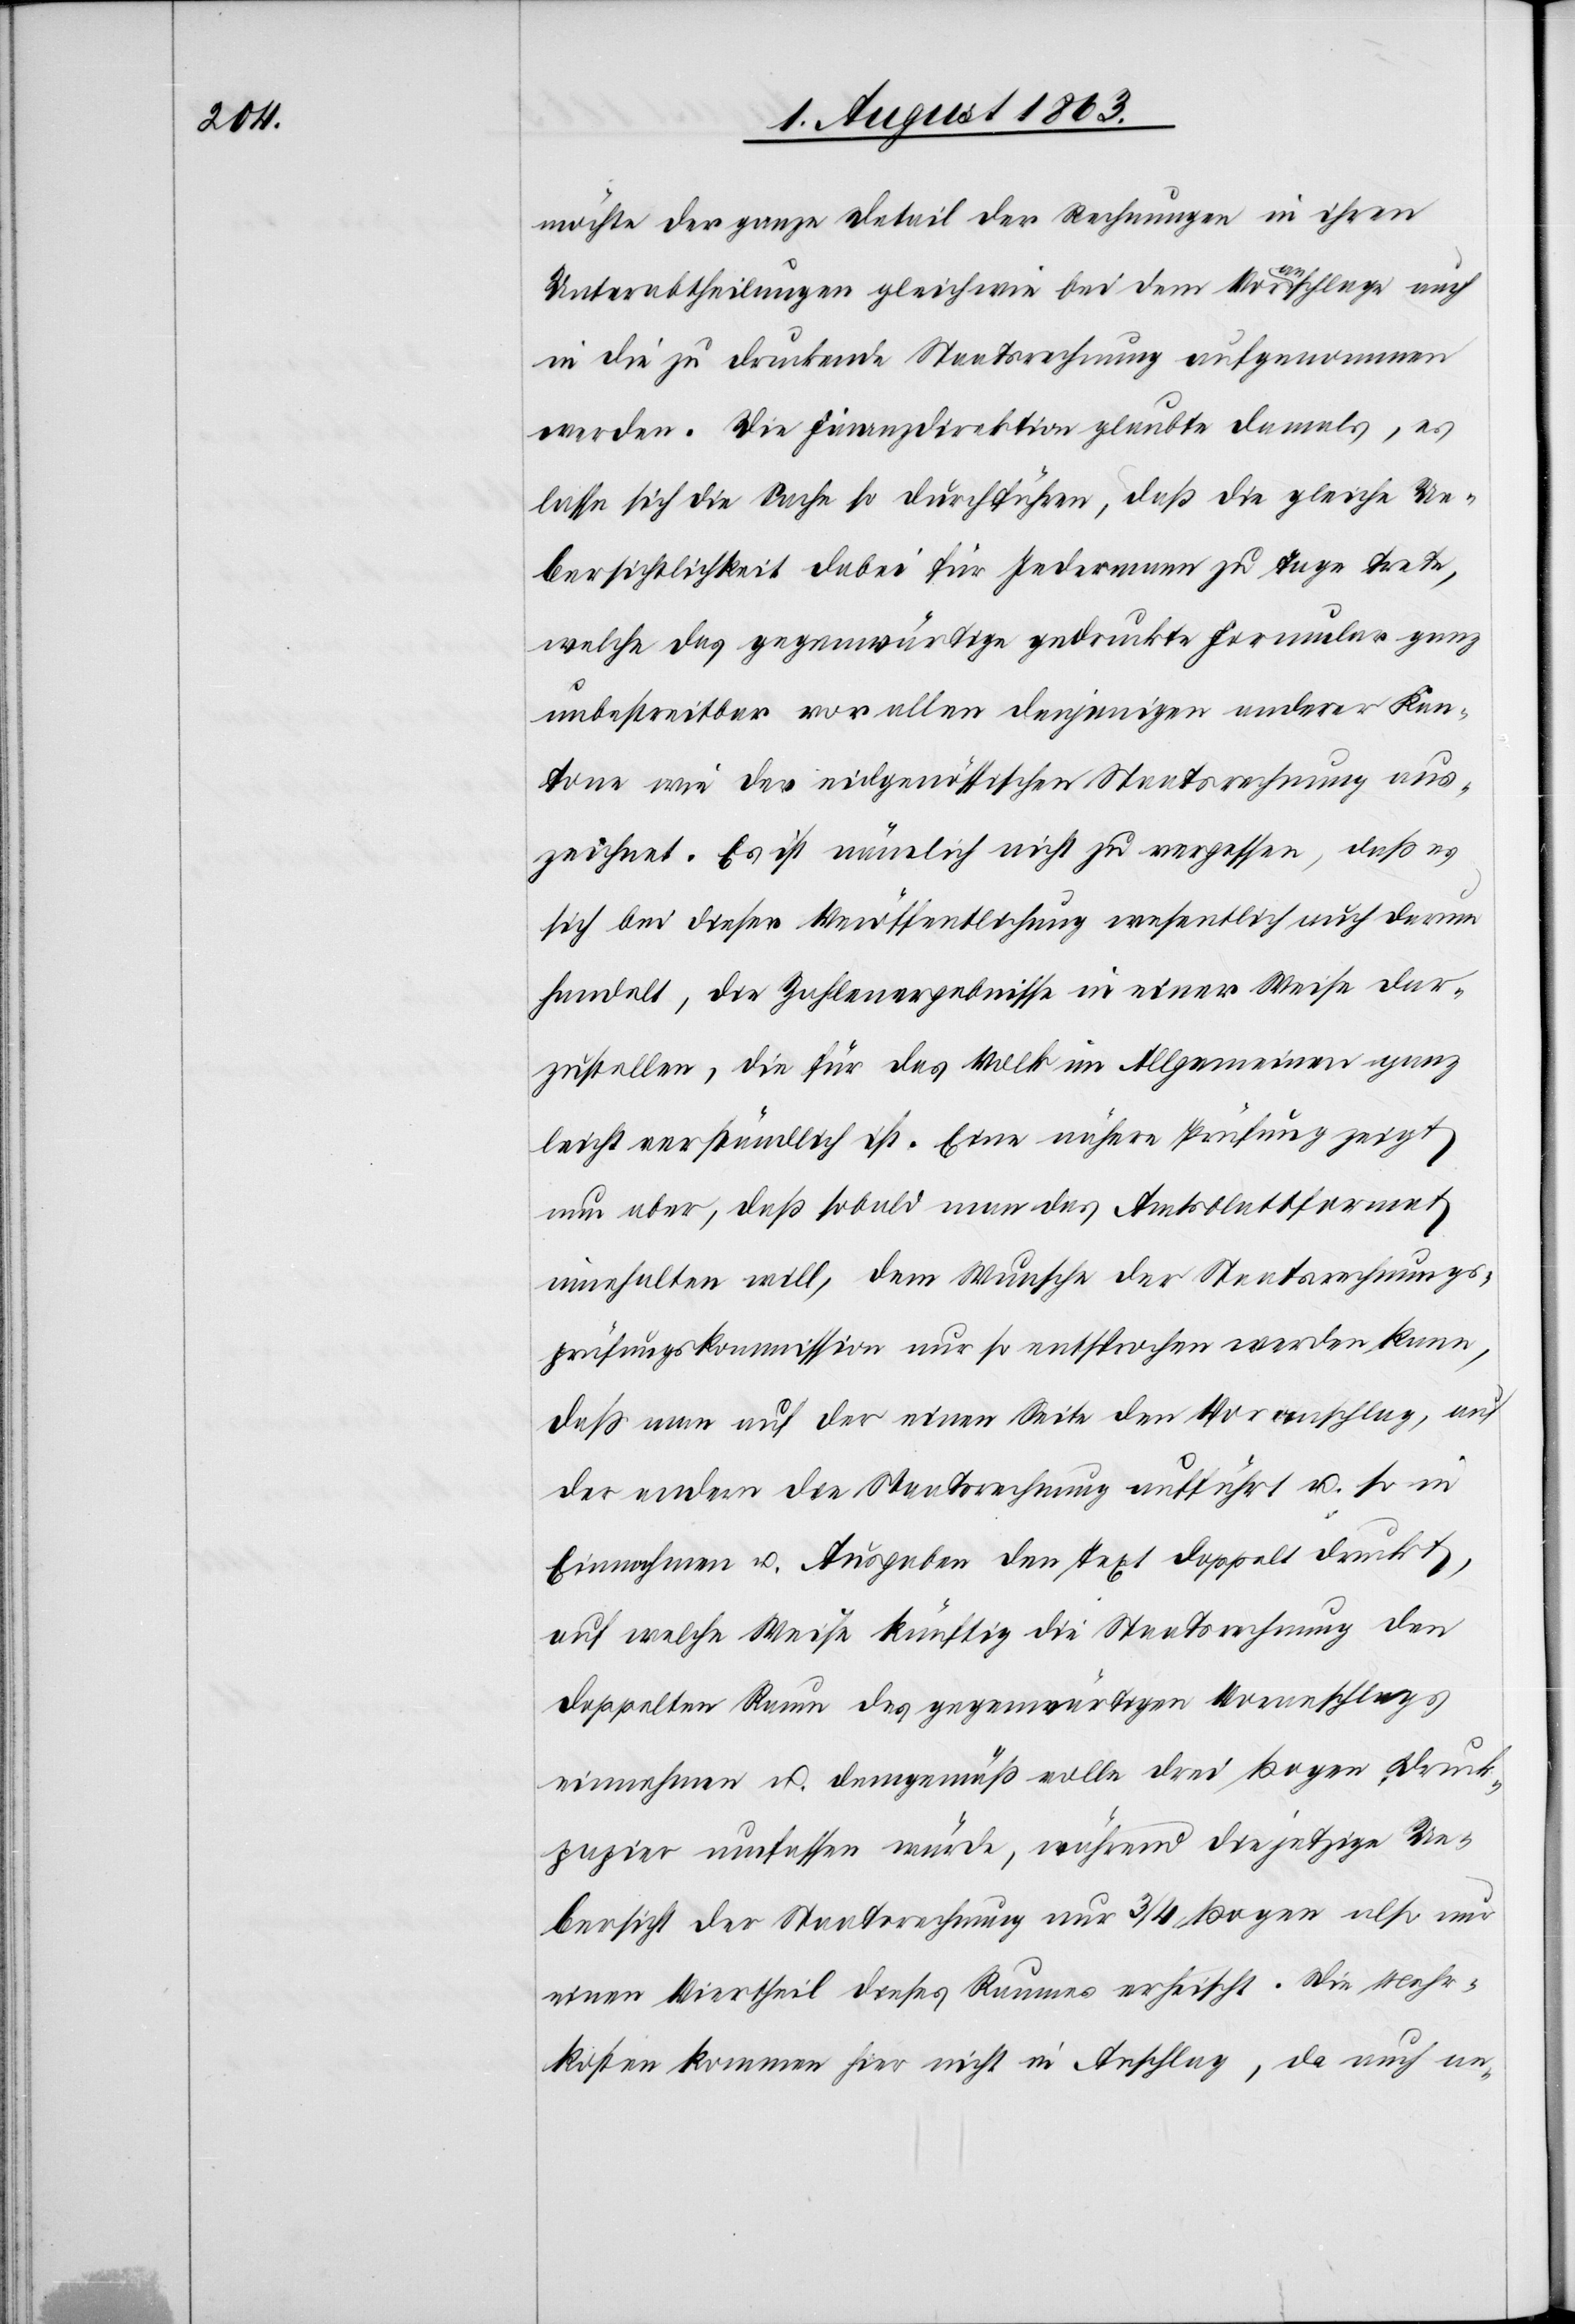
möchte der ganze Detail der Rechnungen in ihren
Unterabtheilungen gleichwie bei dem Voranschlage auch
in die zu druckende Staatsrechnung aufgenommen
werden. Die Finanzdirektion glaubte damals, es
lasse sich die Sache so durchführen, daß die gleiche Ue¬
bersichtlichkeit dabei für Jedermann zu Tage trete,
welche das gegenwärtige gedruckte Formular ganz
unbestreitbar vor allen denjenigen anderer Kan¬
tone wie der eidgenössischen Staatsrechnung aus¬
zeichnet. Es ist nämlich nicht zu vergessen, daß es
sich bei dieser Veröffentlichung wesentlich auch darum
handelt, die Zahlenergebnisse in einer Weise dar¬
zustellen, die für das Volk im Allgemeinen ganz
leicht verständlich ist. Eine nähere Prüfung zeigt
nun aber, daß sobald man das Amtsblattformat
innehalten will, dem Wunsche der Staatsrechnungs¬
prüfungskommission nur so entsprochen werden kann,
daß man auf der einen Seite den Voranschlag, auf
der andern die Staatsrechnung aufführt u. so in
Einnahmen u. Ausgaben den Text doppelt druckt,
auf welche Weise künftig die Staatsrechnung den
doppelten Raum des gegenwärtigen Voranschlages
einnehmen u. demgemäß volle drei Bogen Druck¬
papier umfassen würde, während die jetzige Ue¬
bersicht der Staatsrechnung nur 3/4 Bogen also nur
einen Viertheil dieses Raumes erheischt. Die Mehr¬
kosten kommen hier nicht in Anschlag, da auch an-